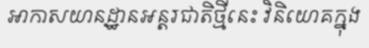
អាកាសយានដ្ឋានអន្តរជាតិថ្មីនេះ វិនិយោគក្នុង